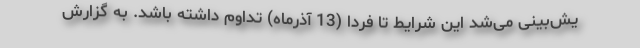
یش‌بینی می‌شد این شرایط تا فردا (13 آذرماه) تداوم داشته باشد. به گزارش